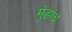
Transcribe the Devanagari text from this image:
मुंडांचे